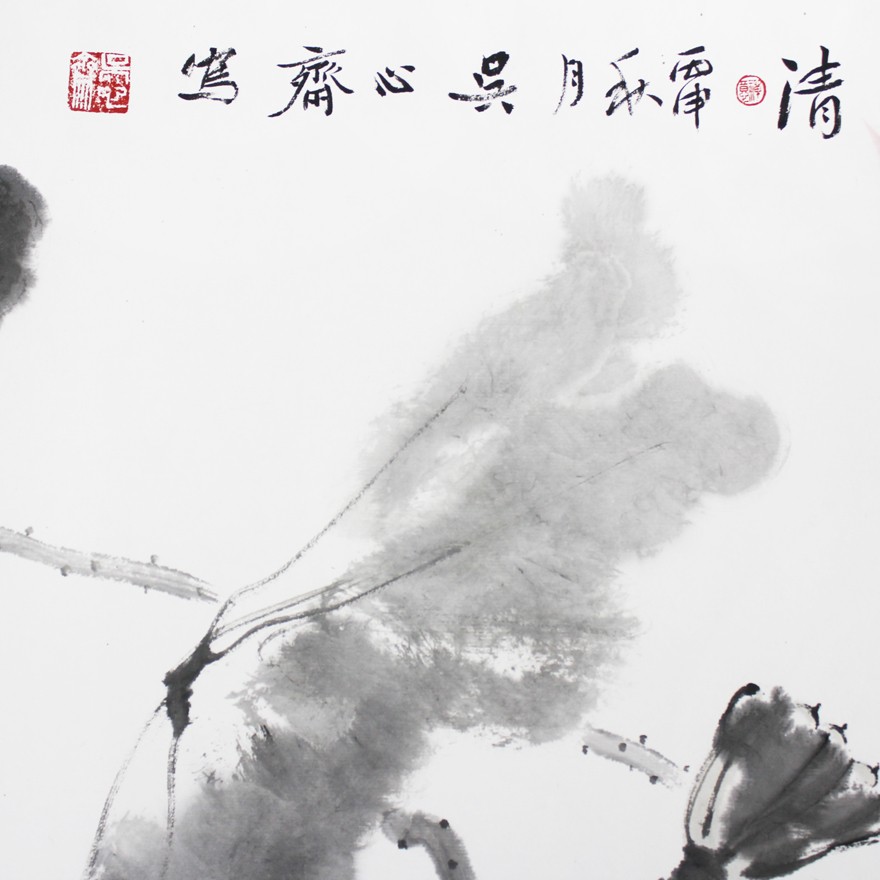
素手把芙蓉，虚步蹑太清。